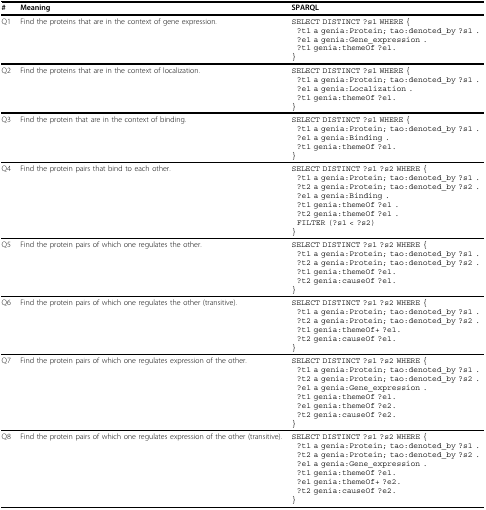
<table><thead><tr><td><b>#</b></td><td><b>Meaning</b></td><td><b>SPARQL</b></td></tr></thead><tbody><tr><td>Q1</td><td>Find the proteins that are in the context of gene expression.</td><td>SELECT DISTINCT ?s1 WHERE {?t1 a genia:Protein; tao:denoted_by ?s1 .?e1 a genia:Gene_expression .?t1 genia:themeOf ?e1.} </td></tr><tr><td>Q2</td><td>Find the proteins that are in the context of localization.</td><td>SELECT DISTINCT ?s1 WHERE {?t1 a genia:Protein; tao:denoted_by ?s1 .?e1 a genia:Localization .?t1 genia:themeOf ?e1.} </td></tr><tr><td>Q3</td><td>Find the protein that are in the context of binding.</td><td>SELECT DISTINCT ?s1 WHERE {?t1 a genia:Protein; tao:denoted_by ?s1 .?e1 a genia:Binding .?t1 genia:themeOf ?e1.} </td></tr><tr><td>Q4</td><td>Find the protein pairs that bind to each other.</td><td>SELECT DISTINCT ?s1 ?s2 WHERE {?t1 a genia:Protein; tao:denoted_by ?s1 .?t2 a genia:Protein; tao:denoted_by ?s2 .?e1 a genia:Binding .?t1 genia:themeOf ?e1 .?t2 genia:themeOf ?e1 .FILTER (?s1 &lt; ?s2)} </td></tr><tr><td>Q5</td><td>Find the protein pairs of which one regulates the other.</td><td>SELECT DISTINCT ?s1 ?s2 WHERE {?t1 a genia:Protein; tao:denoted_by ?s1 .?t2 a genia:Protein; tao:denoted_by ?s2 .?t1 genia:themeOf ?e1.?t2 genia:causeOf ?e1.} </td></tr><tr><td>Q6</td><td>Find the protein pairs of which one regulates the other (transitive).</td><td>SELECT DISTINCT ?s1 ?s2 WHERE {?t1 a genia:Protein; tao:denoted_by ?s1 .?t2 a genia:Protein; tao:denoted_by ?s2 .?t1 genia:themeOf+ ?e1.?t2 genia:causeOf ?e1.} </td></tr><tr><td>Q7</td><td>Find the protein pairs of which one regulates expression of the other.</td><td>SELECT DISTINCT ?s1 ?s2 WHERE {?t1 a genia:Protein; tao:denoted_by ?s1 .?t2 a genia:Protein; tao:denoted_by ?s2 .?e1 a genia:Gene_expression .?t1 genia:themeOf ?e1.?e1 genia:themeOf ?e2.?t2 genia:causeOf ?e2.} </td></tr><tr><td>Q8</td><td>Find the protein pairs of which one regulates expression of the other (transitive).</td><td>SELECT DISTINCT ?s1 ?s2 WHERE {?t1 a genia:Protein; tao:denoted_by ?s1 .?t2 a genia:Protein; tao:denoted_by ?s2 .?e1 a genia:Gene_expression .?t1 genia:themeOf ?e1.?e1 genia:themeOf+ ?e2.?t2 genia:causeOf ?e2.} </td></tr></tbody></table>